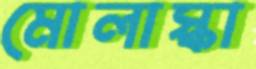
মোলাস্কা